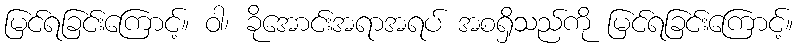
မြင်ရခြင်းကြောင့်။ ဝါ၊ ခိုအောင်းအရာအရပ် အစရှိသည်ကို မြင်ရခြင်းကြောင့်။